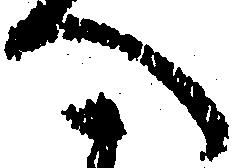
へ